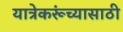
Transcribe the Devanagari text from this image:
यात्रेकरूंच्यासाठी